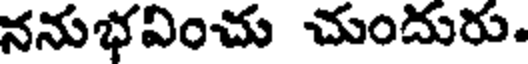
ననుభఏంచు చుందురు.